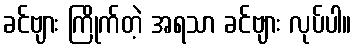
ခင်ဗျား ကြိုက်တဲ့ အရသာ ခင်ဗျား လုပ်ပါ။